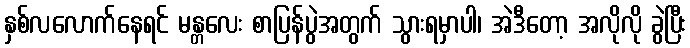
နှစ်လလောက်နေရင် မန္တလေး စာပြန်ပွဲအတွက် သွားရမှာပါ၊ အဲဒီတော့ အလိုလို ခွဲပြီး